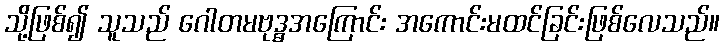
သို့ဖြစ်၍ သူသည် ဂေါတမဗုဒ္ဓအကြောင်း အကောင်းမထင်ခြင်းဖြစ်လေသည်။